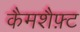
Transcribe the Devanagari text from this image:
कैमशैफ़्ट